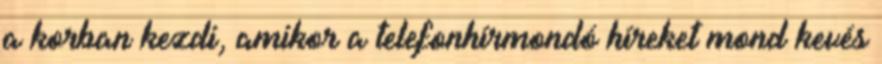
a korban kezdi, amikor a telefonhírmondó híreket mond kevés